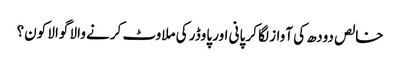
خالص دودھ کی آواز لگا کر پانی اور پاوڈر کی ملاوٹ کرنے والا گوالا کون؟